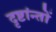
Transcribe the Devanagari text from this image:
दृष्टांन्तों